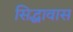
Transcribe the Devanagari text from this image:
सिद्धावास